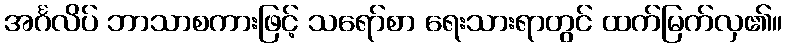
အင်္ဂလိပ် ဘာသာစကားဖြင့် သရော်စာ ရေးသားရာတွင် ထက်မြက်လှ၏။